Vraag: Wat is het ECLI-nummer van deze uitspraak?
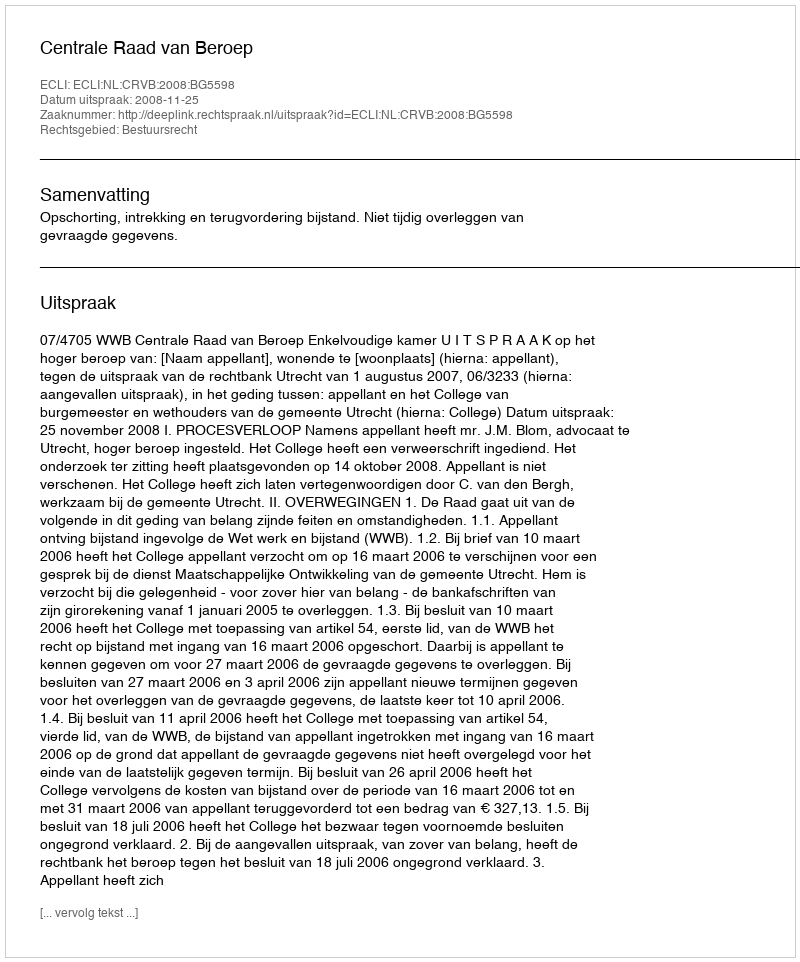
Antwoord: ECLI:NL:CRVB:2008:BG5598